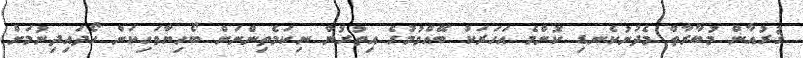
ޤުރުއާން މުބާރާތް މެދުނުކެނޑި ކޮންމެ އަހަރަކު ބޭއްވުމުގެ އިތުރުން ނިކަމެތިންނަށް ބޯހިޔާވަހިކަން ހޯދައިދިނުމަށް